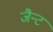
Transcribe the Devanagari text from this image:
जैन्ट